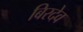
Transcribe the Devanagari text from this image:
बिरदेव